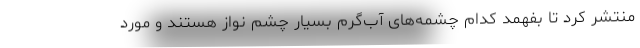
منتشر کرد تا بفهمد کدام چشمه‌های آب‌گرم بسیار چشم نواز هستند و مورد